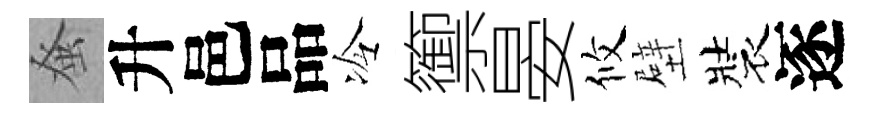
𫊫升邑品冷籞晏攸壁裝逐